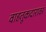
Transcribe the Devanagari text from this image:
वाहतूकदारावर